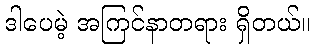
ဒါပေမဲ့ အကြင်နာတရား ရှိတယ်။